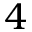
4